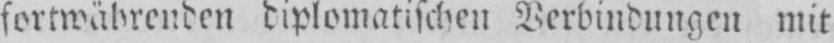
fortwährenden diplomatischen Verbindungen mit